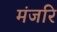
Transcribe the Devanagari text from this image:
मंजरि